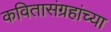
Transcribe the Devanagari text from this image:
कवितासंग्रहांच्या